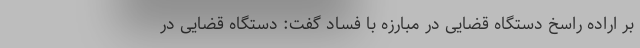
بر اراده راسخ دستگاه قضایی در مبارزه با فساد گفت: دستگاه قضایی در